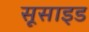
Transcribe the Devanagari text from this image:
सूसाइड